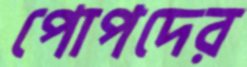
পোপদের